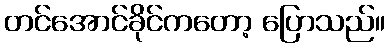
တင်အောင်ခိုင်ကတော့ ပြောသည်။